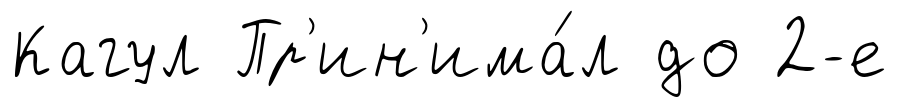
Кагул Пр'ин'има́л до 2-е